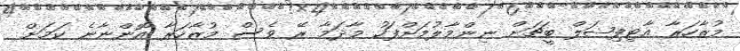
މުޒާހަރާ އާޓިފިޝަލް ބީޗަށް ނިންމާލުމަށްފަހު މާދަމާ ރޭ ވެސް މުޒާހަރާ އޮންނާނެ ކަމަށް